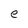
Character: e